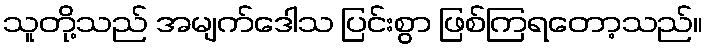
သူတို့သည် အမျက်ဒေါသ ပြင်းစွာ ဖြစ်ကြရတော့သည်။